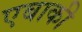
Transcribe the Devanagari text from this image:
एबाकी